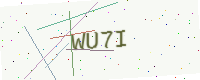
Text: WU7I